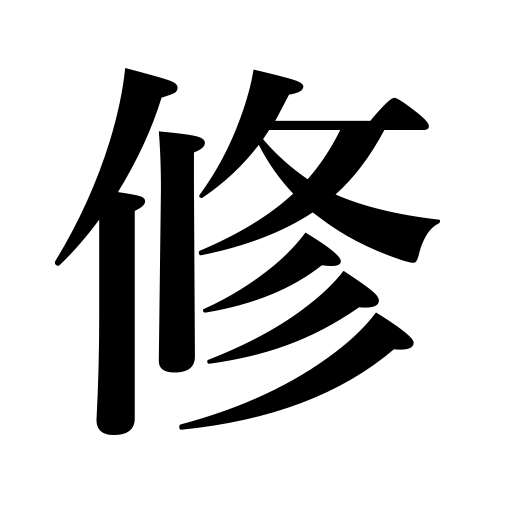
Meanings: conduct oneself well,master,repair,complete a course,govern oneself,study,cultivate,order one's life